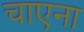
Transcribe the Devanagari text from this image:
चाएना